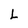
Character: L